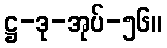
ဋ္ဌ-ဒု-အုပ်-၅၆။